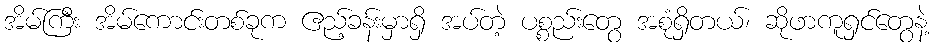
အိမ်ကြီး အိမ်ကောင်းတစ်ခုက ဧည့်ခန်းမှာရှိ အပ်တဲ့ ပစ္စည်းတွေ အစုံရှိတယ်၊ ဆိုဖာကူရှင်တွေနဲ့